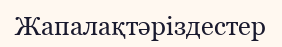
Жапалақтәріздестер